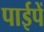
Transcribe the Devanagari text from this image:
पाईपें